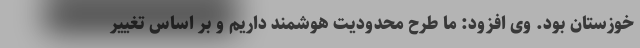
خوزستان بود. وی افزود: ما طرح محدودیت هوشمند داریم و بر اساس تغییر